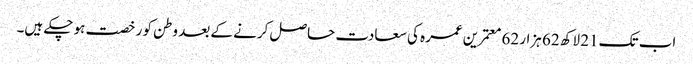
اب تک 21 لاکھ 62 ہزار 62 معتمرین عمرہ کی سعادت حاصل کرنے کے بعد وطن کو رخصت ہو چکے ہیں۔